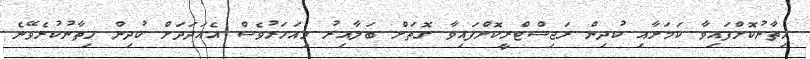
ހިތާނުކޮށްފައިވާ ކަމަށާއި ކުދިން ރަޖިސްޓްރީކޮށްފައިވާ ގޮތަށް ބަލާއިރު މިއަހަރުވެސް އެއަދަދަށް ކުދިން ހިތާނުކުރެވޭނެ